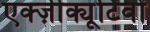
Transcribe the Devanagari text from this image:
एक्ज़ीक्यूटिवों